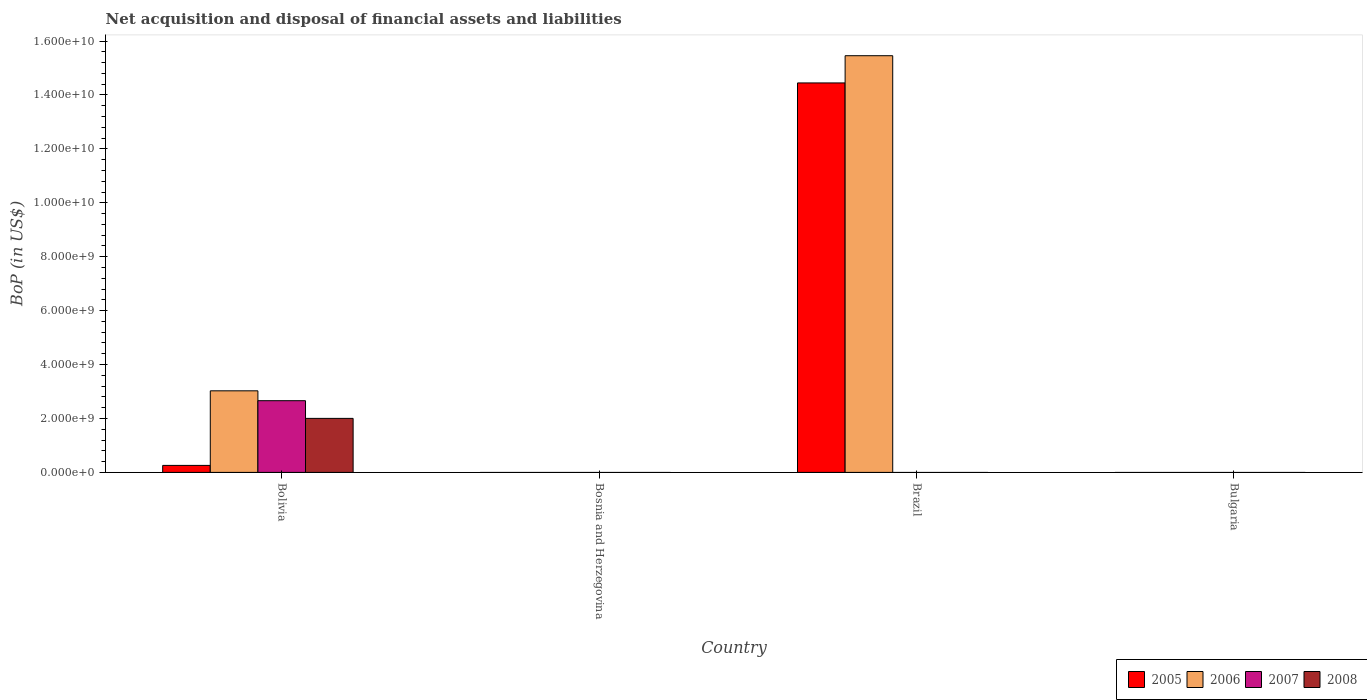
| Country | 2005 | 2006 | 2007 | 2008 |
 | --- | --- | --- | --- | --- |
 | Bolivia | 2.59e+08 | 3.03e+09 | 2.66e+09 | 2e+09 |
 | Bosnia and Herzegovina | -1.38e+09 | -5.83e+08 | -1.23e+09 | -2.49e+09 |
 | Brazil | 1.44e+10 | 1.55e+10 | -8.45e+08 | -2.53e+10 |
 | Bulgaria | -4.27e+09 | -6.62e+09 | -1.53e+10 | -1.57e+10 |